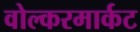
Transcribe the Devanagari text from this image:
वोल्करमार्कट